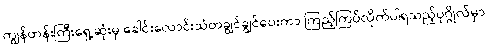
ကျွန်တန်းကြီးရှေ့ဆုံးမှ ခေါင်းလောင်းသံတချွင်ချွင်ပေးကာ ကြည့်ကြပ်လိုက်ပါရသည့်ပုဂ္ဂိုလ်မှာ